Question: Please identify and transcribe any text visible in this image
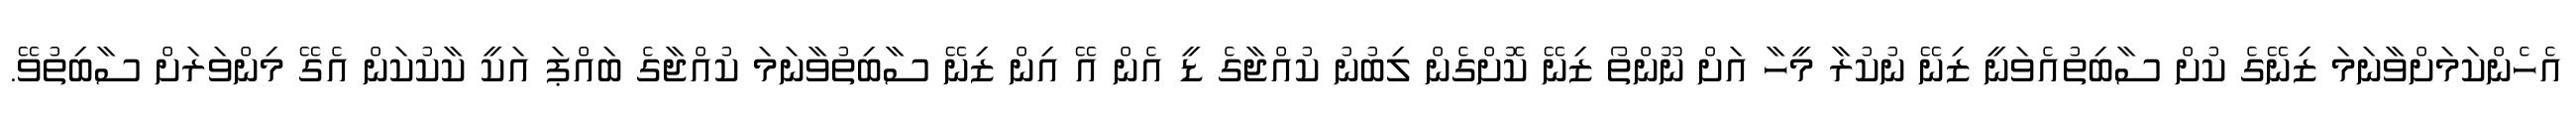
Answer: އެހެންކަމަށްވާނަމަ ޒިނޭގެ ކުށް ސާބިތުއެވަނީ ޒިނޭ ނުކުރާ މީހާ އަށް ނޫންތޯ ޒިނޭ ކޮށްގެން ލިބުނު ކުއްޖާގެ ޑީ އެން އޭ އިން ޒިނޭ ސާބިތުވާނަމަ ކުއްޖާގެ ބައްޕަ އަކީ ކާކުކަން އެގޭ މިންވަރަށް ސާބިތުވޭ.